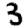
Digit: 3